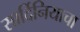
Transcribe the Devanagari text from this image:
सार्दिनियाचा